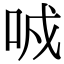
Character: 𠲌